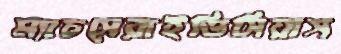
ম্যাচসেরাইভিসিয়াস